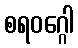
စရဝဂ္ဂေါ